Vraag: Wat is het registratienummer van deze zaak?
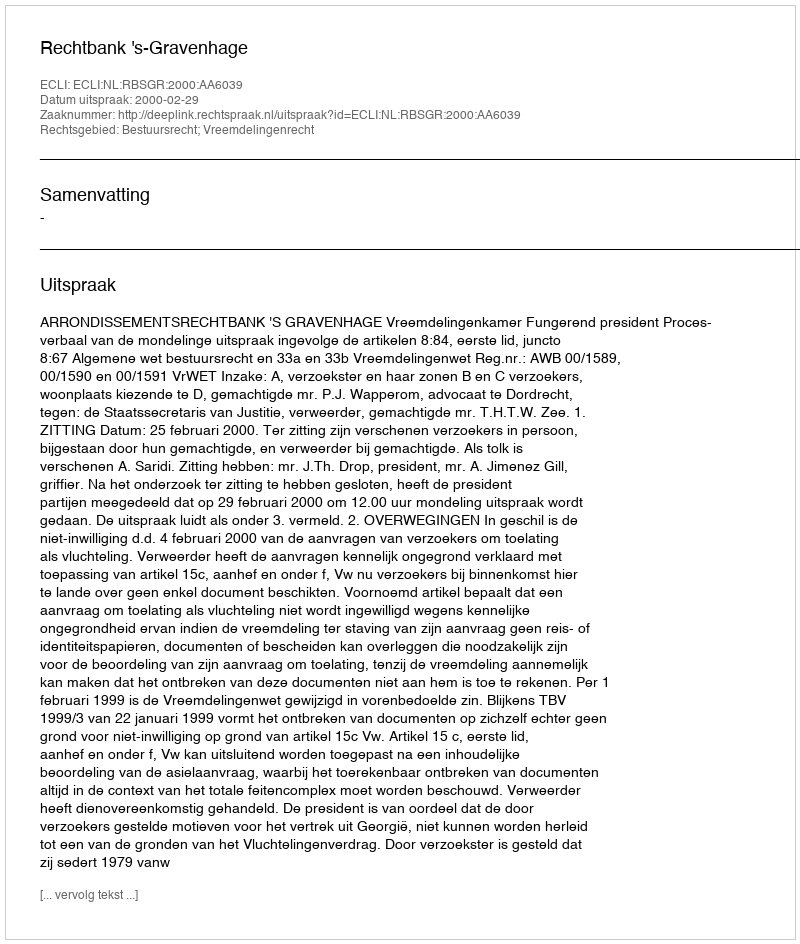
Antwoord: http://deeplink.rechtspraak.nl/uitspraak?id=ECLI:NL:RBSGR:2000:AA6039